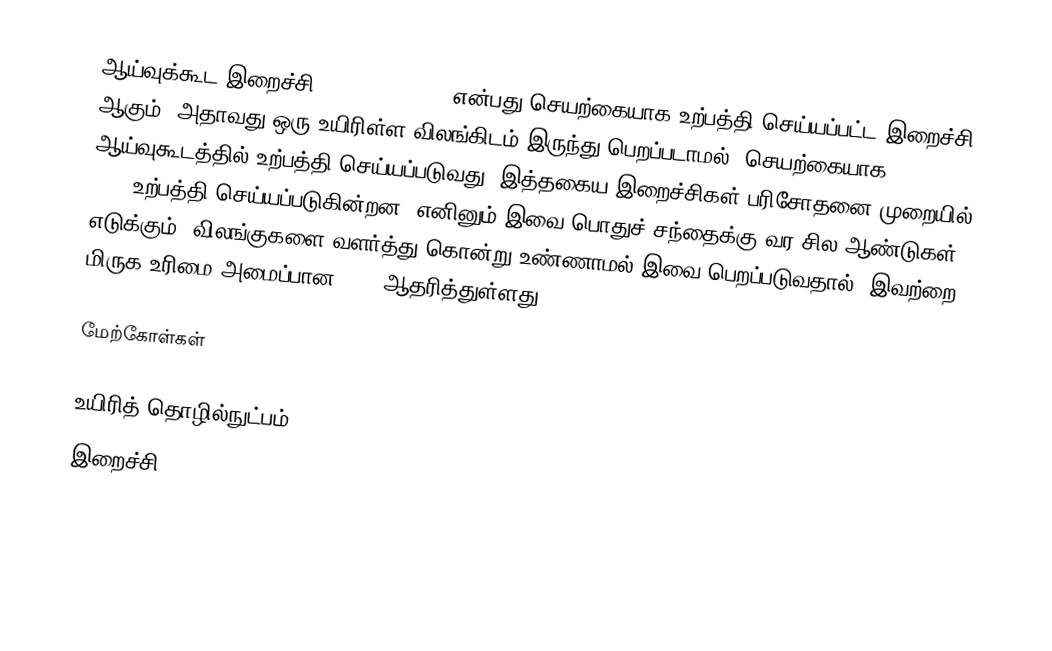
ஆய்வுக்கூட இறைச்சி (In vitro meat) என்பது செயற்கையாக உற்பத்தி செய்யப்பட்ட இறைச்சி ஆகும். அதாவது ஒரு உயிரிள்ள விலங்கிடம் இருந்து பெறப்படாமல், செயற்கையாக ஆய்வுகூடத்தில் உற்பத்தி செய்யப்படுவது. இத்தகைய இறைச்சிகள் பரிசோதனை முறையில் 2003 உற்பத்தி செய்யப்படுகின்றன. எனினும் இவை பொதுச் சந்தைக்கு வர சில ஆண்டுகள் எடுக்கும். விலங்குகளை வளர்த்து கொன்று உண்ணாமல் இவை பெறப்படுவதால், இவற்றை மிருக உரிமை அமைப்பான PETA ஆதரித்துள்ளது.

மேற்கோள்கள்

உயிரித் தொழில்நுட்பம்
இறைச்சி